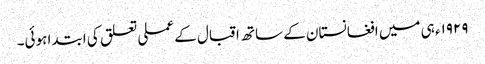
١٩٢٩ء ہی میں افغانستان کے ساتھ اقبال کے عملی تعلق کی ابتدا ہوئی۔